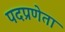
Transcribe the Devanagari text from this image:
पदप्रणेता